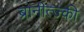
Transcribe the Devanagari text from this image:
ब्रानीत्ज्की